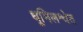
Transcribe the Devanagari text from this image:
धूमिलश्वेत